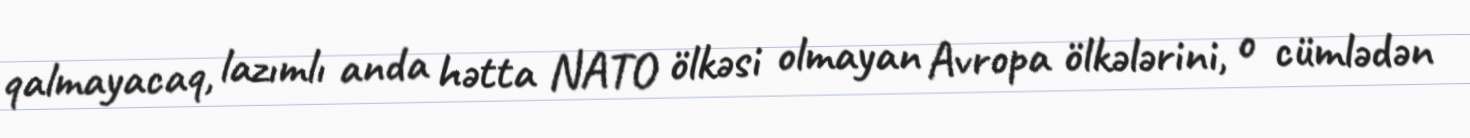
qalmayacaq, lazımlı anda hətta NATO ölkəsi olmayan Avropa ölkələrini, o cümlədən